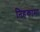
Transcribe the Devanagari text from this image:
निहकामा